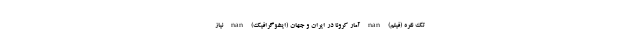
تک نفره (فیلم) nan آمار کرونا در ایران و جهان (اینفوگرافیک) nan نیاز